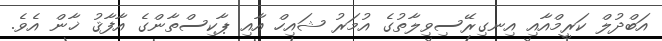
އަބްދުލް ކަރީމްއާއި އިނގިރޭސިވިލާތުގެ އުމަރު ޝައިހް އާއި ޕާކިސްތާންގެ އާފާޤު ޚާން އެވެ.